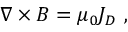
{ \boldsymbol { \nabla \times B } } = \mu _ { 0 } { \boldsymbol { J _ { D } } } \ ,